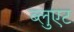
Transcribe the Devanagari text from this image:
ब्लुएट